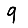
Digit: 9